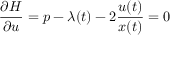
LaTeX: { \frac { \partial H } { \partial u } } = p - \lambda ( t ) - 2 { \frac { u ( t ) } { x ( t ) } } = 0